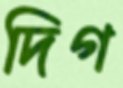
দিগ